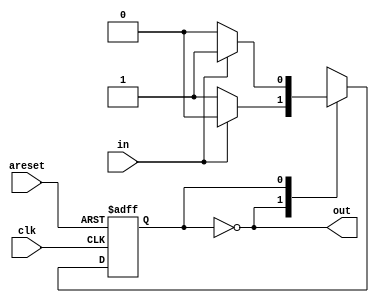
// 
// y
// mooremealy

module top_module(
    input clk,
    input areset,    // Asynchronous reset to state B
    input in,
    output out
);

    reg y, Y;
    parameter B = 1'b0, A = 1'b1;
    always@(in, y)begin
        case(y)
            B:  if(in)  Y = B;
                else    Y = A;
            A:  if(in)  Y = A;
                else    Y = B;
            default:    Y = B;
        endcase
    end

    always@(posedge clk, posedge areset)begin
        if(areset)
            y <= B;
        else
            y <= Y;
    end

    assign out = (y == B);


endmodule